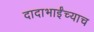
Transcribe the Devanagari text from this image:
दादाभाईंच्याच